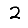
Digit: 2